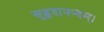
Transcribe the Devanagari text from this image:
सुहृदानन्दम्‌।